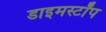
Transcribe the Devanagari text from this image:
डाइमस्टॉप